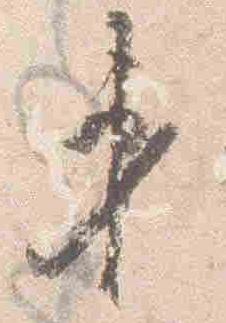
第